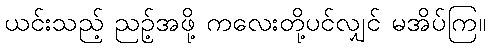
ယင်းသည့် ညဉ့်အဖို့ ကလေးတို့ပင်လျှင် မအိပ်ကြ။